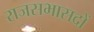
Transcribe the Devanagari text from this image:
राजसभासदों